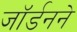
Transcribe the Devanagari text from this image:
जॉर्डनने